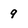
Character: q